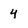
Character: 4